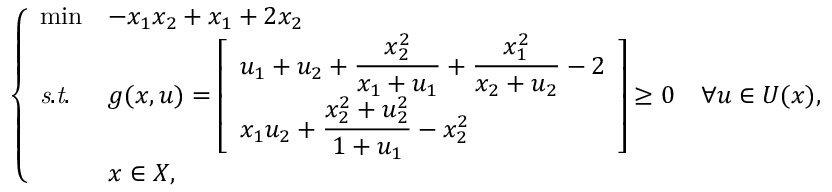
\left\{ \begin{array} { l l l } { \operatorname* { m i n } } & { - x _ { 1 } x _ { 2 } + x _ { 1 } + 2 x _ { 2 } } \\ { \mathit { s . t . } } & { g ( x , u ) = \left[ \begin{array} { l } { \displaystyle u _ { 1 } + u _ { 2 } + \frac { x _ { 2 } ^ { 2 } } { x _ { 1 } + u _ { 1 } } + \frac { x _ { 1 } ^ { 2 } } { x _ { 2 } + u _ { 2 } } - 2 } \\ { x _ { 1 } u _ { 2 } + \displaystyle \frac { x _ { 2 } ^ { 2 } + u _ { 2 } ^ { 2 } } { 1 + u _ { 1 } } - x _ { 2 } ^ { 2 } } \end{array} \right] \geq 0 \quad \forall u \in U ( x ) , } \\ & { x \in X , } \end{array} \right.